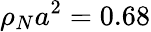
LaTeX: \rho_{N}a^{2}=0.68